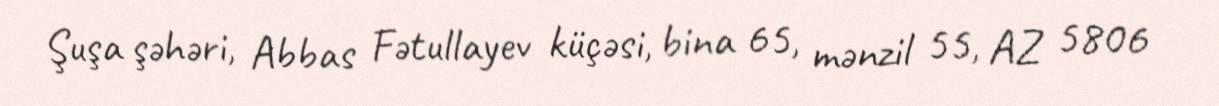
Şuşa şəhəri, Abbas Fətullayev küçəsi, bina 65, mənzil 55, AZ 5806